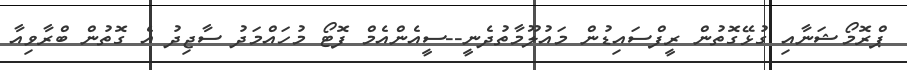
ޕްރޮމޯޝަނާއި ގުޅޭގޮތުން ރީފްސައިޑުން މައުލޫމާތުދެނީ--ސީއެންއެމް ފޮޓޯ މުހައްމަދު ސާޖިދު އެ ގޮތުން ބްރާވިއާ